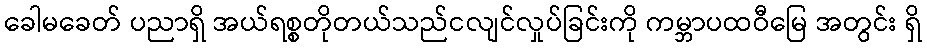
ခေါမခေတ် ပညာရှိ အယ်ရစ္စတိုတယ်သည်ငလျင်လှုပ်ခြင်းကို ကမ္ဘာပထဝီမြေ အတွင်း ရှိ